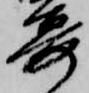
宴